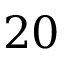
2 0